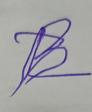
Signature authenticity: forged